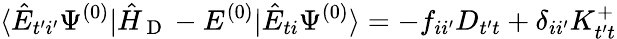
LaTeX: \langle\hat{E}_{t^{\prime}i^{\prime}}\Psi^{(0)}|\hat{H}_{\mathrm{~D~}}-E^{(0)}|\hat{E}_{ti}\Psi^{(0)}\rangle=-f_{ii^{\prime}}D_{t^{\prime}t}+\delta_{ii^{\prime}}K_{t^{\prime}t}^{+}